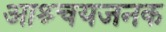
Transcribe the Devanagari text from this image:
आश्र्चयजनक